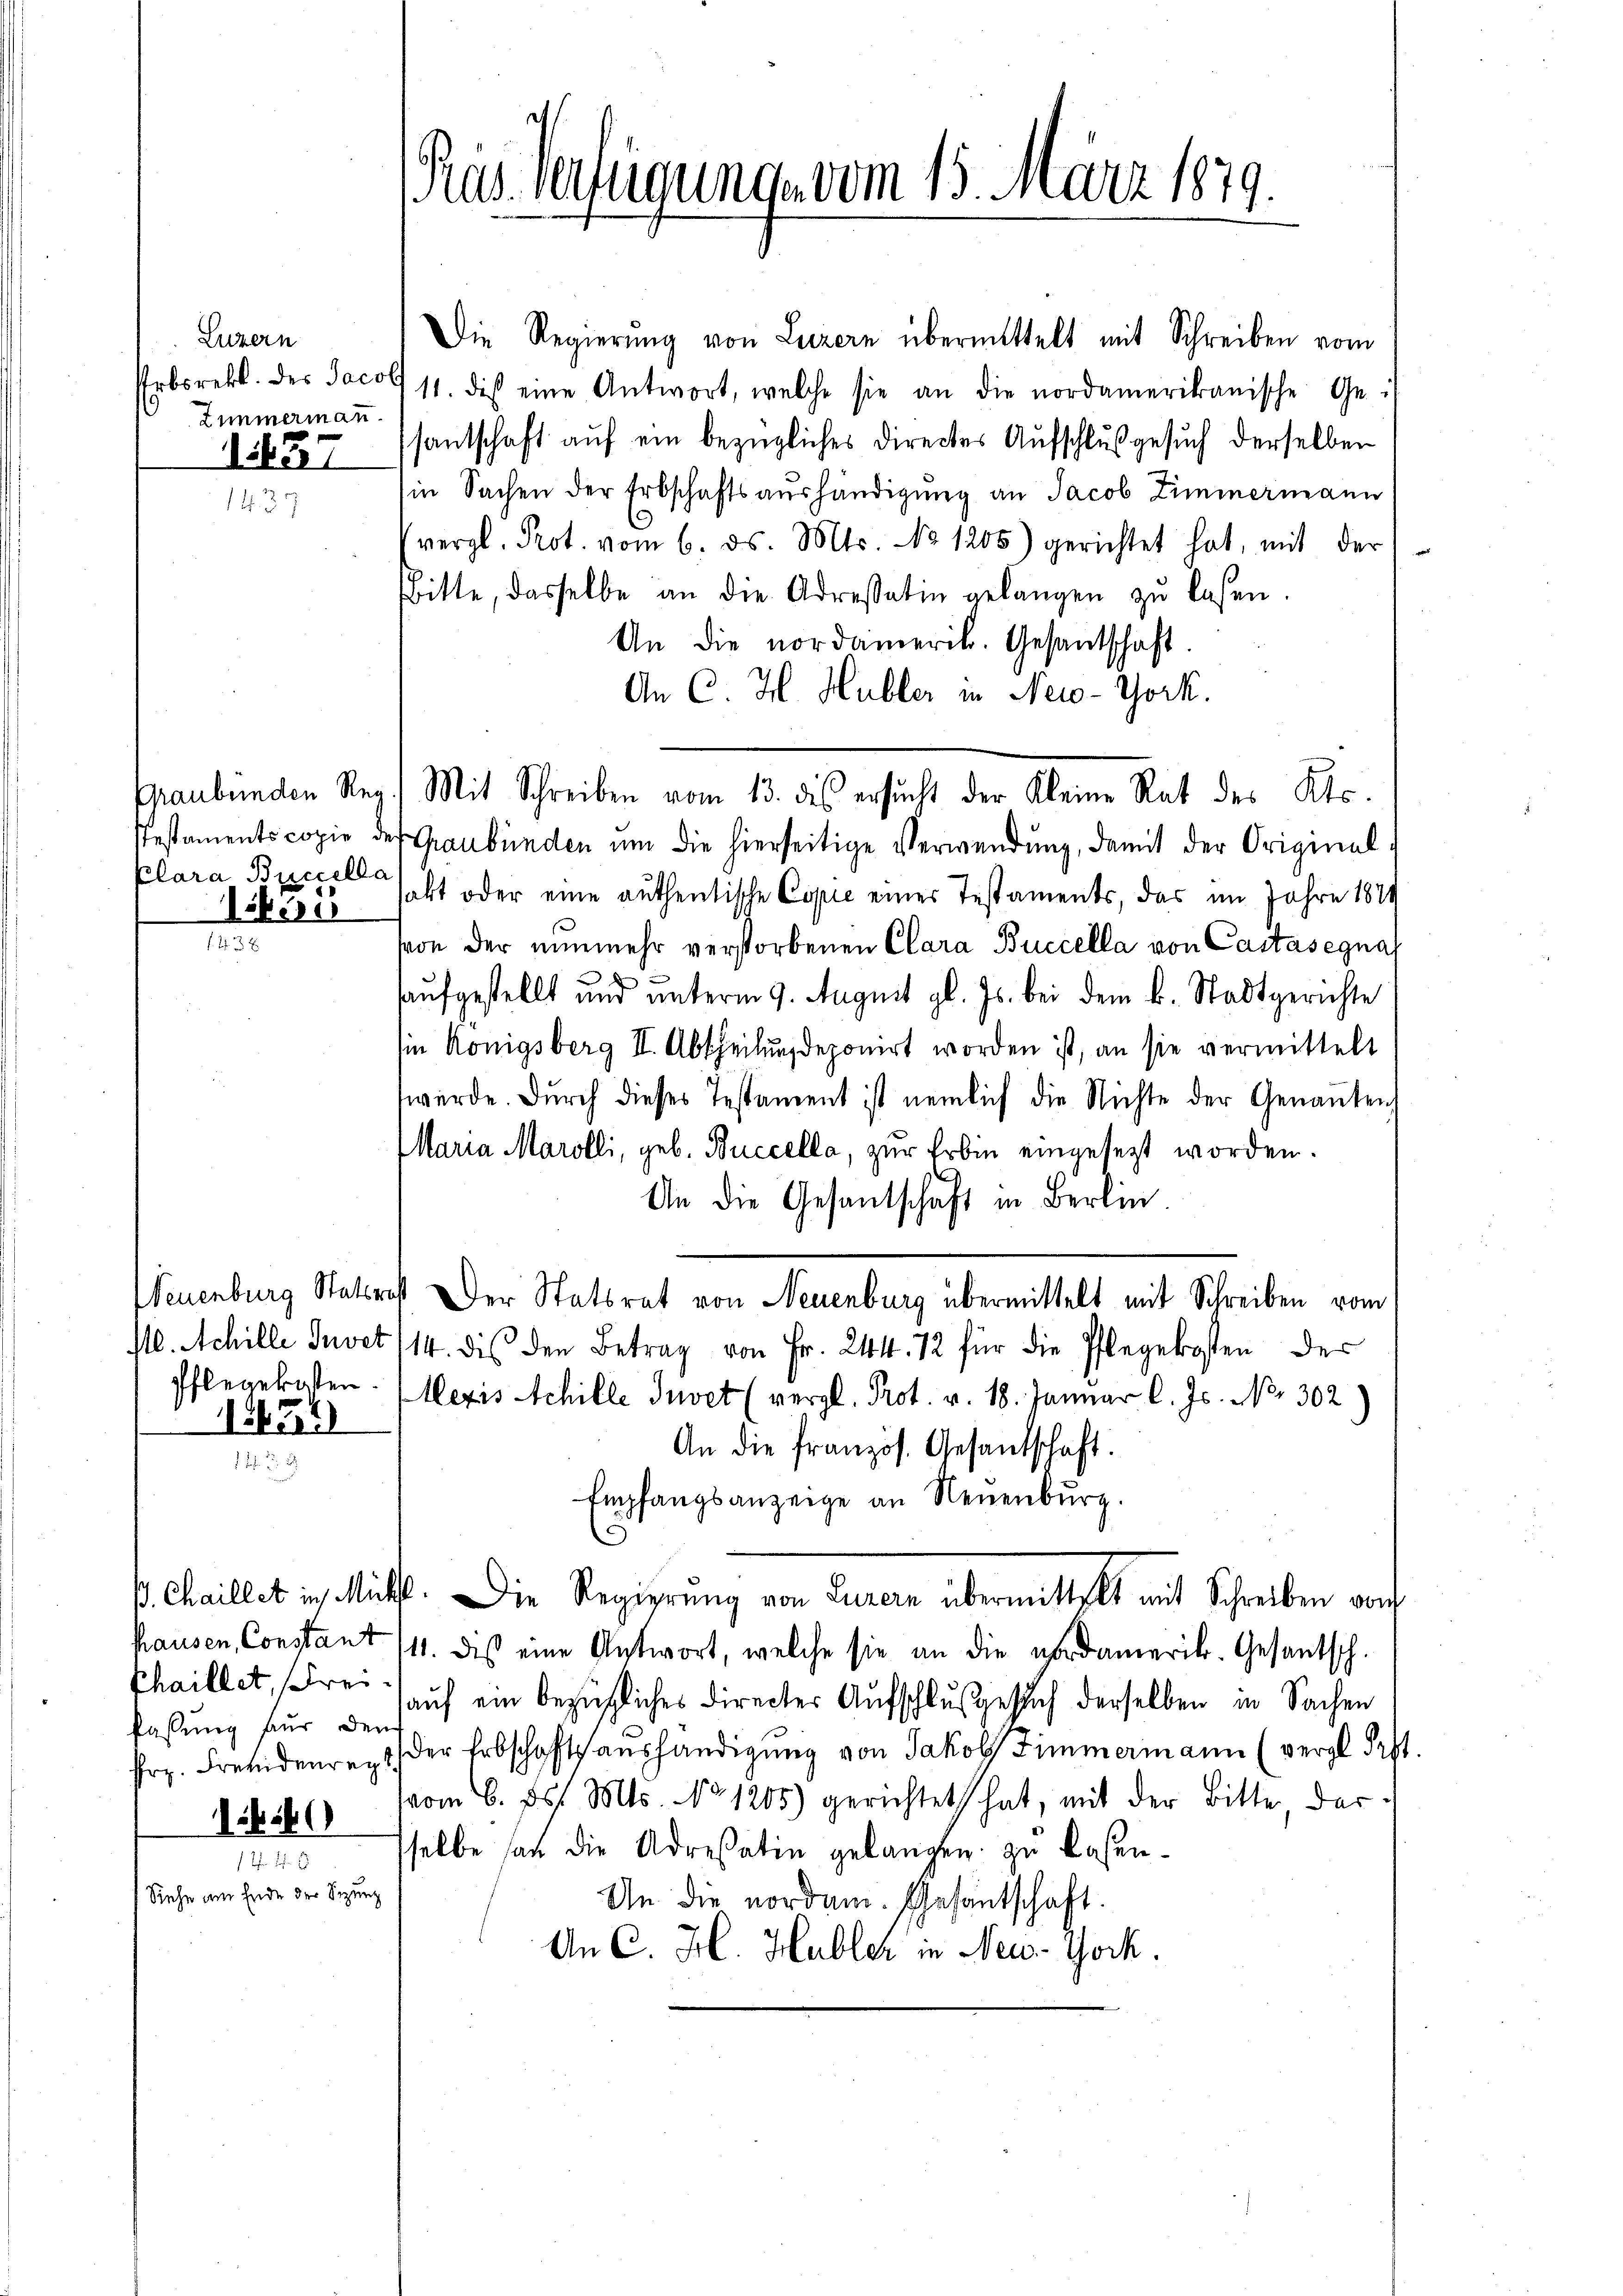
Luzern
Zimmermann.

1457

Clara Buccella

Ribiser

Die Regierŭng von Luzern übermittelt mit Schreiben vom
Prbsrekt. des Jacolt 11. dis eine Antwort, welche sie an die nordamerikanische Ge-
santschaft auf ein bezügliches Directes Aufschluß gesuch derselben
in Sachen der Erbschaftsaŭshändigung an Jacob Zimmermann
1437
vergl. Prot. vom 6. ds. Mts. No 1205) gerichtet hat, mit der
Bitte, dasselbe an die Adressatin gelangen zŭ lassen.
An die nordamerit. Gesantschaft.
An C. H. Hubler in New-York.
Testaments copie des Graubünden um die hierseitige Verwendung, damit der Original-
habt oder eine authentische Copie eines Testaments, das im Jahre 1879
f. 4 3 E
vvon der nunmehr verstorbenen Clara Buccella von Castasegna
aufgestellt und unterm 9. August gl. Js. bei dem k. Stadtgerichte
ie Königsberg II. Abtheilung deponirt worden ist, an sie vermittelt
werde. Durch dieses Testament ist nemlich die Nichte der Genannten
Maria Marolli, geb. Buccella, zur Erbin eingesezt worden.
An die Gesantschaft in Berlin.
Neuenburg Statterst Der Statsrat von Neuenburg übermittelt mit Schreiben vom
110. Achille Juvet (14. dies den Betrag von Fr. 244. 12 für die Pflegekosten der
Pflegekosten. (Wezis Achille Juvet (vergl. Prot. v. 18. Januar l. Js. No. 302)
12434)
An die französ. Gesandschaft.
. d. 2
Empfangsanzeige an Neuenburg.
k. Chaillet in Mitt. Die Regierung von Gurern übermittelt mit Schreiben vor
hausen, Constant 111. des eine Antwort, welche sie an die nordamerik. Gesantsch
Thaillet, schrei
auf ein bezügliches Directer Aufschlußesich derselben in Sachen
fassung für den
fr. Frevidenrent der Erbschaftsaushändigung von Jakob Zimmermann (vergl. Pitt.
vom 6. d. Mts. No 1205) gerichtet hat, mit der Bitte der
545
selbe an die Adressatin gelangen zu lasen-
Siehe am Ende der Sitzung
An die nordam. Gesantschaft.
An C. H. Habler in New-York.

Präs. Verfügungen vom 15. März 1879.

Graubünden Reg. Mit Schreiben vom 13. des ersucht der Kleine Rat des Kts.